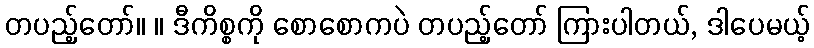
တပည့်တော်။ ။ ဒီကိစ္စကို စောစောကပဲ တပည့်တော် ကြားပါတယ်, ဒါပေမယ့်